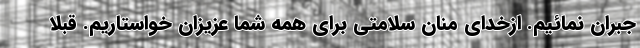
جبران نمائیم. ازخدای منان سلامتی برای همه شما عزیزان خواستاریم. قبلا